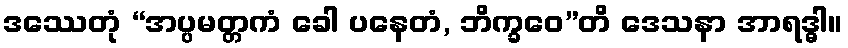
ဒဿေတုံ “အပ္ပမတ္တကံ ခေါ ပနေတံ, ဘိက္ခဝေ”တိ ဒေသနာ အာရဒ္ဓါ။